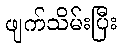
ဖျက်သိမ်းပြီး